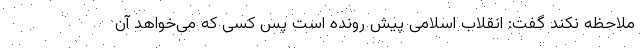
ملاحظه نکند گفت: انقلاب اسلامی پیش رونده است پس کسی که می‌خواهد آن